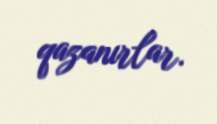
qazanırlar.